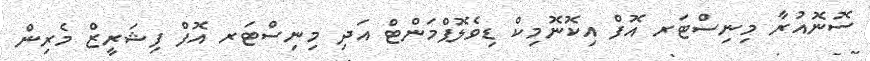
ސޮނޮއުރާ މިނިސްޓަރ އޮފް އިކޮނޮމިކް ޑިވެލޮޕްމަންޓް އަދި މިނިސްޓަރ އޮފް ފިޝަރީޒް މެރިން